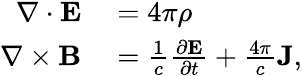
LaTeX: \begin{array}{rl}{\nabla\cdot\mathbf{E}}&{{}=4\pi\rho}\\ {\nabla\times\mathbf{B}}&{{}=\frac{1}{c}\frac{\partial\mathbf{E}}{\partial t}+\frac{4\pi}{c}\textbf{J},}\end{array}